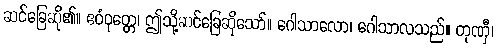
ဆင်ခြေဆို၏။ ဧဝံဝုတ္တေ၊ ဤသို့ဆင်ခြေဆိုသော်။ ဂေါသာလော၊ ဂေါသာလသည်။ တုဏှီ၊